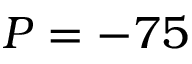
P = - 7 5